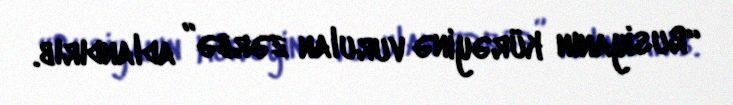
“Rusiyanın kürəyinə vurulan zərbə” adlandırıb.